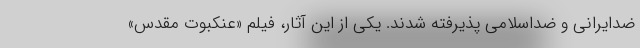
ضدایرانی و ضداسلامی پذیرفته شدند. یکی از این آثار، فیلم «عنکبوت مقدس»